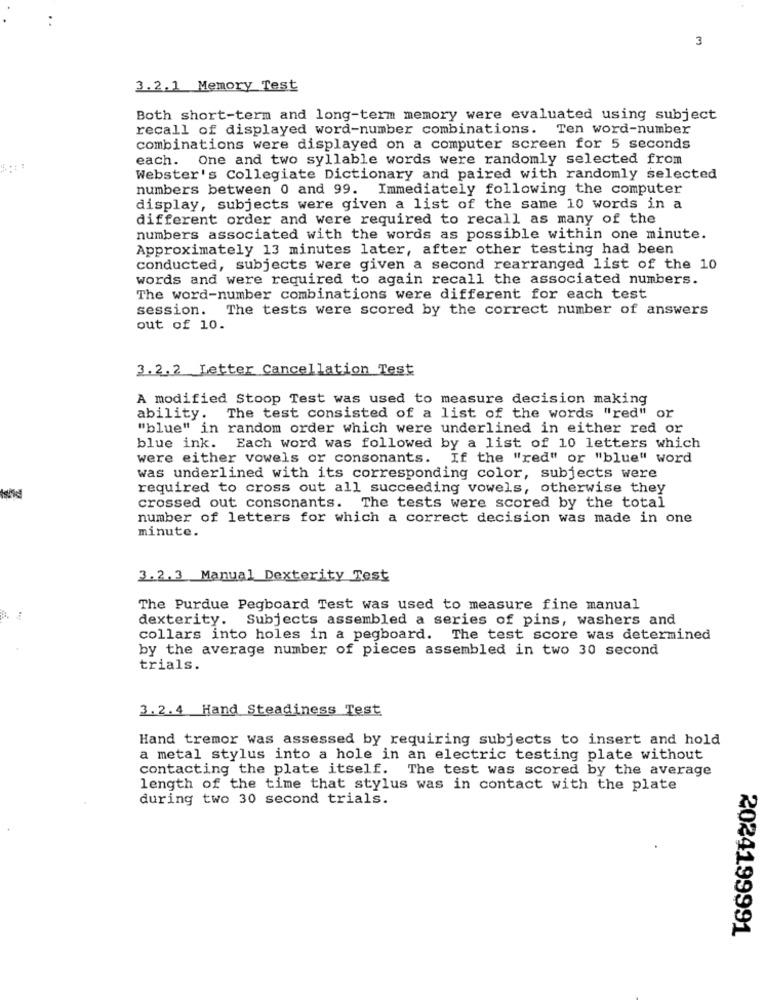
3
3.2.1 Memory Test
Both short-term and long-term memory were evaluated using subject
recall of displayed word-number combinations. Ten word-number
combinations were displayed on a computer screen for 5 seconds
each. One and two syllable words were randomly selected from
Webster's Collegiate Dictionary and paired with randomly selected
numbers between 0 and 99. Immediately following the computer
display, subjects were given a list of the same 10 words in a
different order and were required to recall as many of the
numbers associated with the words as possible within one minute.
Approximately 13 minutes later, after other testing had been
conducted, subjects were given a second rearranged list of the 10
words and were required to again recall the associated numbers.
The word-number combinations were different for each test
session. The tests were scored by the correct number of answers
out of 10.
3.2.2 Letter Cancellation Test
A modified Stoop Test was used to measure decision making
ability.
The test consisted of a list of the words "red" or
"blue" in random order which were underlined in either red or
blue ink. Each word was followed by a list of 10 letters which
were either vowels or consonants. If the "red" or "blue" word
was underlined with its corresponding color, subjects were
required to cross out all succeeding vowels, otherwise they
crossed out consonants. The tests were scored by the total
number of letters for which a correct decision was made in one
minute.
3.2.3 Manual Dexterity Test
The Purdue Pegboard Test was used to measure fine manual
dexterity. Subjects assembled a series of pins, washers and
collars into holes in a pegboard. The test score was determined
by the average number of pieces assembled in two 30 second
trials.
3.2.4 Hand Steadiness Test
Hand tremor was assessed by requiring subjects to insert and hold
a metal stylus into a hole in an electric testing plate without
contacting the plate itself. The test was scored by the average
length of the time that stylus was in contact with the plate
during two 30 second trials.
2024199991